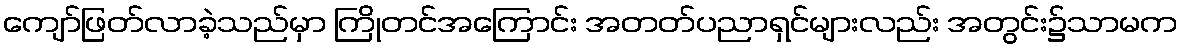
ကျော်ဖြတ်လာခဲ့သည်မှာ ကြိုတင်အကြောင်း အတတ်ပညာရှင်များလည်း အတွင်း၌သာမက